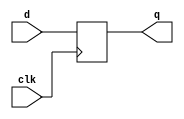
module top_module (
    input clk,
    input [7:0] d,
    output [7:0] q
);
    // since q is a vector, multiple Dffs will created
    always @ (posedge clk)
        q <= d;

endmodule